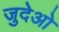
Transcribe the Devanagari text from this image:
जुदेओ